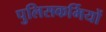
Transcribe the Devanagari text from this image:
पुलिसकर्मियों